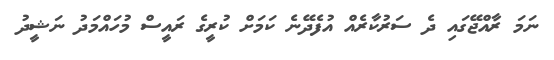
ނަމަ ރާއްޖޭގައި ދެ ސަރުކާރެއް އުފެދޭނެ ކަމަށް ކުރީގެ ރައީސް މުހައްމަދު ނަޝީދު